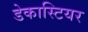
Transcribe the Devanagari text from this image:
डेकास्टियर